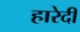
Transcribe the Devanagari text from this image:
हारेदी